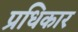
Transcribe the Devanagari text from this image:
प्रधिकार